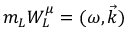
m _ { L } W _ { L } ^ { \mu } = ( \omega , \vec { k } )